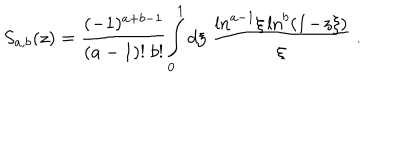
S _ { a , b } ( z ) = \frac { ( - 1 ) ^ { a + b - 1 } } { ( a - 1 ) ! \; b ! } \! \int _ { 0 } ^ { 1 } \mathrm { d } \xi \; \frac { \ln ^ { a - 1 } \! \xi \ln ^ { b } ( 1 \! - \! z \xi ) } { \xi } \; .